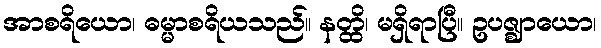
အာစရိယော၊ ဓမ္မာစရိယသည်။ နတ္ထိ၊ မရှိရာပြီ။ ဥပဇ္ဈာယော၊